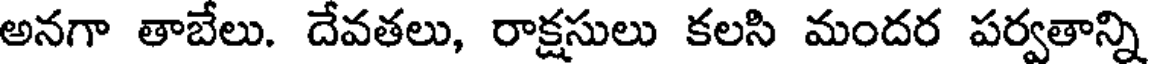
అనగా తాబేలు. దేవతలు, రాక్షసులు కలసి మందర పర్వతాన్ని